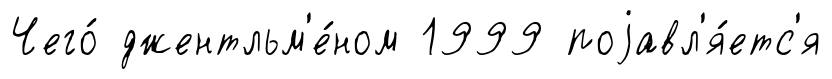
Чего́ джентльм'е́ном 1999 поjавл'я́етс'я